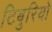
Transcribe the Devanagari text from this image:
टिबुरियो